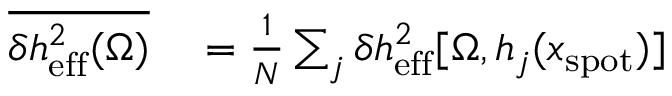
\begin{array} { r l } { \overline { { \delta h _ { \mathrm { e f f } } ^ { 2 } ( \Omega ) } } } & { { } = \frac { 1 } { N } \sum _ { j } \delta h _ { \mathrm { e f f } } ^ { 2 } [ \Omega , h _ { j } ( x _ { \mathrm { s p o t } } ) ] } \end{array}